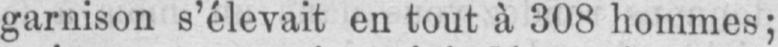
garnison s’élevait en tout à 308 hommes;